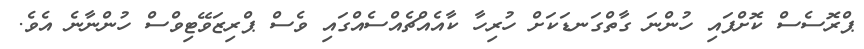
ޕްރޮސެސް ކޮށްފައި ހުންނަ ގާތްގަނޑަކަށް ހުރިހާ ކާއެއްޗެއްސެއްގައި ވެސް ޕްރިޒަވޭޓިވްސް ހުންނާނެ އެވެ.